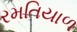
રમતિયાળ